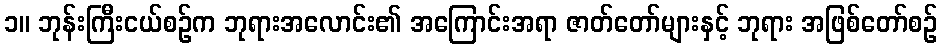
၁။ ဘုန်းကြီးငယ်စဉ်က ဘုရားအလောင်း၏ အကြောင်းအရာ ဇာတ်တော်များနှင့် ဘုရား အဖြစ်တော်စဉ်